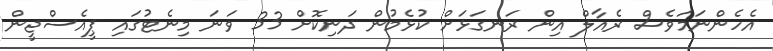
އެހެންނަމަވެސް ރެއާލް އިން ރަނގަޅަށް ކުޅެމުން ދަނިކޮށް 33 ވަނަ މިނެޓުގައި ޕީއެސްޖީން